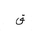
Letter: _qaf